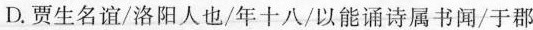
D.贾生名谊/洛阳人也/年十八/以能诵诗属书闻/于郡